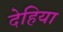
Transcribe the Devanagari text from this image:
देहिया